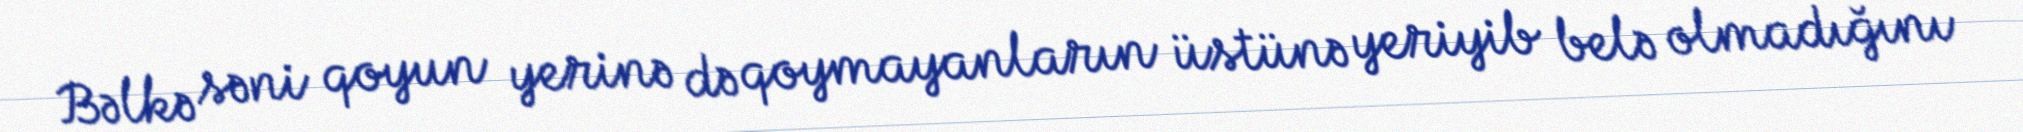
Bəlkə səni qoyun yerinə də qoymayanların üstünə yeriyib belə olmadığını